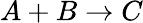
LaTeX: A+B\to C